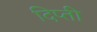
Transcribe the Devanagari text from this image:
दिप्ती